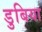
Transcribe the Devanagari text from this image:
डुबिया